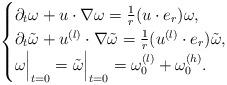
LaTeX: \begin{align*}\begin{cases}\partial_t \omega + u \cdot \nabla \omega = \frac 1 r (u\cdot e_r) \omega, \\\partial_t \tilde {\omega} + u^{(l)} \cdot \nabla \tilde \omega=\frac 1 r (u^{(l)} \cdot e_r) \tilde \omega, \\\omega \Bigr|_{t=0} = \tilde \omega \Bigr|_{t=0} = \omega_0^{(l)} + \omega_0^{(h)}.\end{cases}\end{align*}